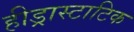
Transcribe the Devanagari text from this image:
हीड्रास्टाटिक